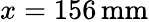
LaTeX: x=156\, \mathrm{mm}